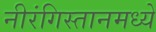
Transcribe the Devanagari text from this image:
नीरंगिस्तानमध्ये